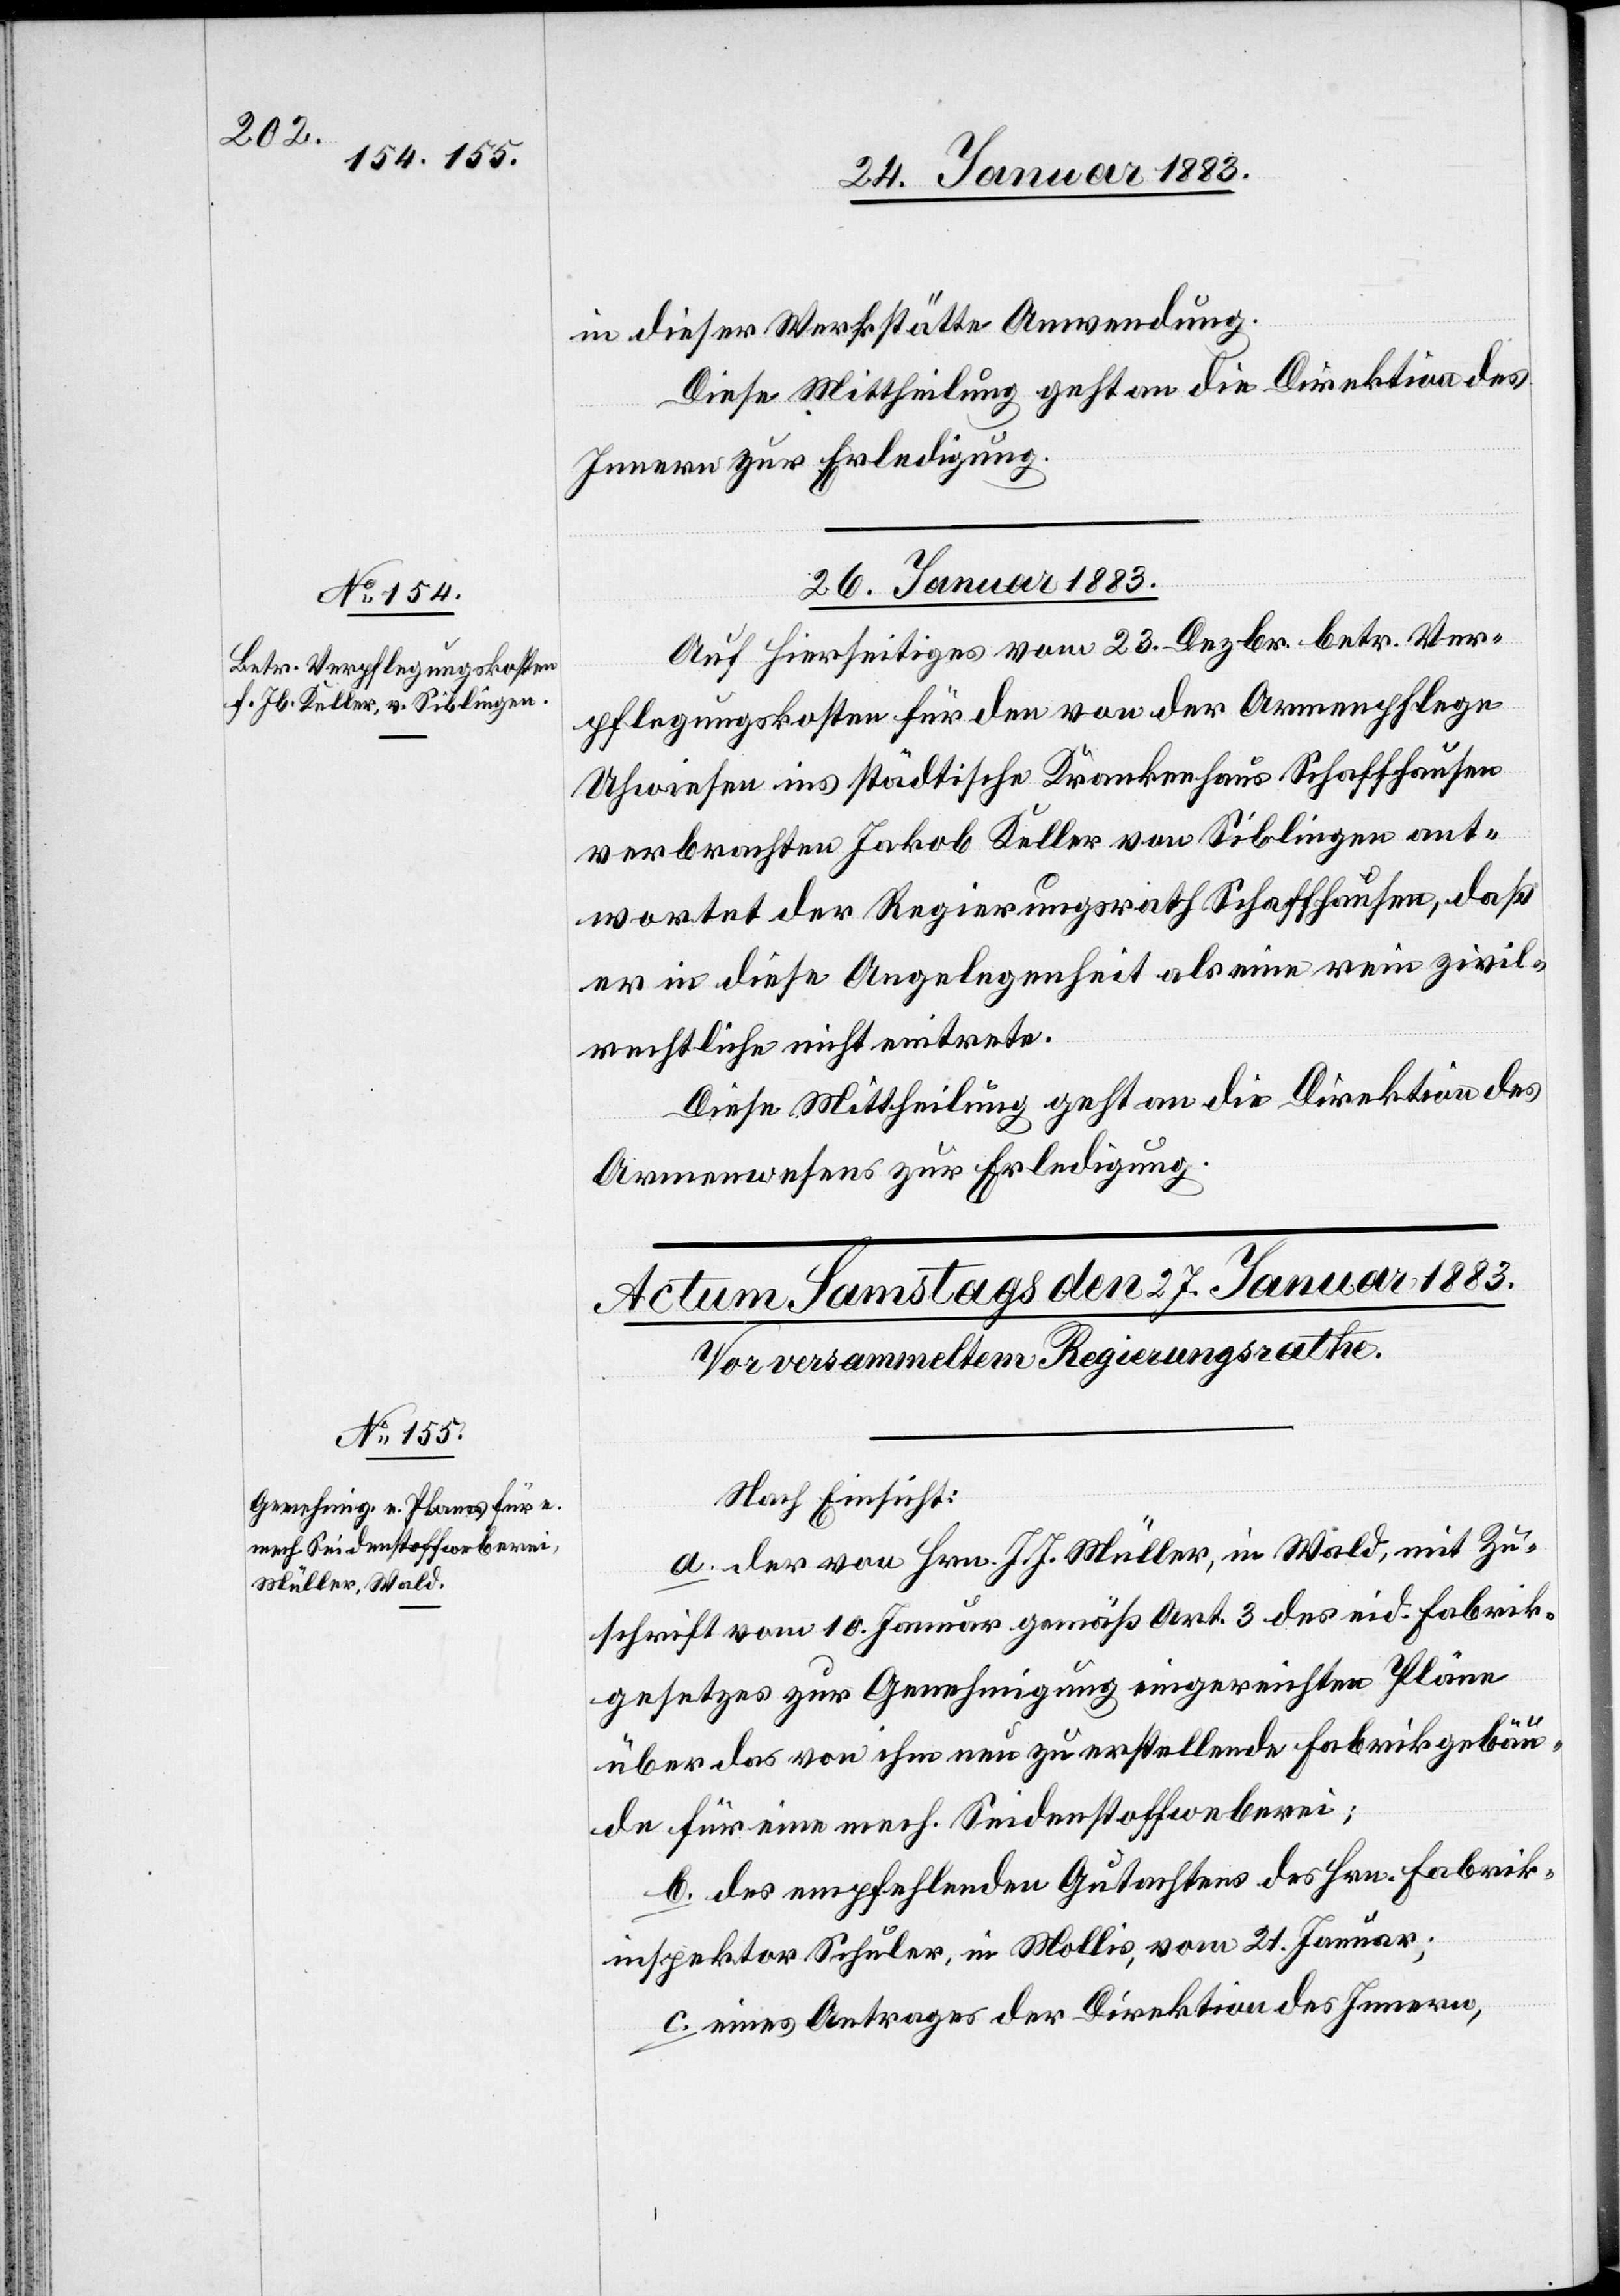
in dieser Werkstätte Anwendung.
Diese Mittheilung geht an die Direktion des
Innern zur Erledigung.
26. Januar 1883.
Auf Hierseitiges vom 23. Dezbr. betr. Ver¬
pflegungskosten für den von der Armenpflege
Uhwiesen ins städtische Krankenhaus Schaffhausen
verbrachten Jakob Keller von Siblingen ant¬
wortet der Regierungsrath Schaffhausen, daß
er in diese Angelegenheit als eine rein zivil¬
rechtliche nicht eintrete.
Diese Mittheilung geht an die Direktion des
Armenwesens zur Erledigung.
Nach Einsicht:
a. der von Hrn. J. J. Müller, in Wald, mit Zu¬
schrift vom 10. Januar gemäß Art. 3 des eid. Fabrik¬
gesetzes zur Genehmigung eingereichten Pläne
über das von ihm neu zu erstellende Fabrikgebäu¬
de für eine mech. Seidenstoffweberei;
b. des empfehlenden Gutachtens des Hrn. Fabrik¬
inspektor Schuler, in Mollis, vom 21. Januar;
c. eines Antrages der Direktion des Innern,